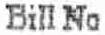
BILL NO